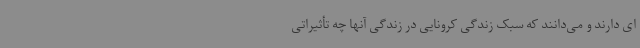
ای دارند و می‌دانند که سبک زندگی کرونایی در زندگی آنها چه تأثیراتی